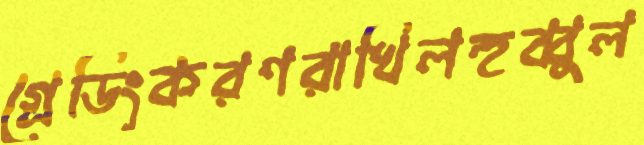
গ্রেডিংকরণরাখিলহুব্বুল